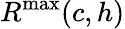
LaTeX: R^{\operatorname*{max}}(c,h)